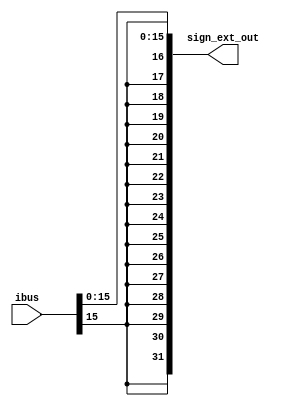
`timescale 1ns / 1ps
//////////////////////////////////////////////////////////////////////////////////
// Sam Bolduc and Aryan Mehrotra
// 
// Module Name: Sign Extension
// Project Name: Assignment 5
//////////////////////////////////////////////////////////////////////////////////


module sign_extension(ibus, sign_ext_out);
    //Declare inputs and outputs
    input[31:0] ibus;
    output[31:0] sign_ext_out;
    //Declare wires for intermediate values
    wire[15:0] ImmID = ibus[15:0];
    //Assign final result with ternary operation
    assign sign_ext_out = {{16{ImmID[15]}}, ImmID[15:0]};
   
endmodule